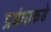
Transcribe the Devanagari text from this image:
प्रबंधाकडे